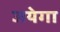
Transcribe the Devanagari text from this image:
जयेगा